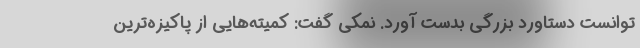
توانست دستاورد بزرگی بدست آورد. نمکی گفت: کمیته‌هایی از پاکیزه‌ترین